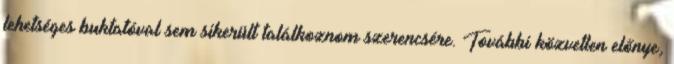
lehetséges buktatóval sem sikerült találkoznom szerencsére. További közvetlen előnye,